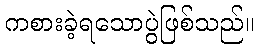
ကစားခဲ့ရသောပွဲဖြစ်သည်။